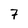
Character: 7